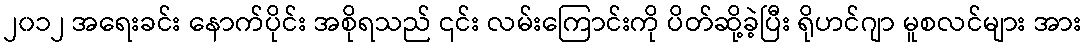
၂၀၁၂ အရေးခင်း နောက်ပိုင်း အစိုရသည် ၎င်း လမ်းကြောင်းကို ပိတ်ဆို့ခဲ့ပြီး ရိုဟင်ဂျာ မူစလင်များ အား